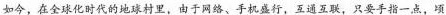
如今，在全球化时代的地球村里，由于网络、手机盛行，互通互联，只要手指一点，顷